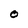
Character: O